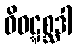
ဝိဝဋ္ဋစ္ဆဒါ